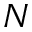
N